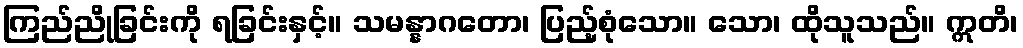
ကြည်ညိုခြင်းကို ရခြင်းနှင့်။ သမန္နာဂတော၊ ပြည့်စုံသော။ သော၊ ထိုသူသည်။ ဣတိ၊